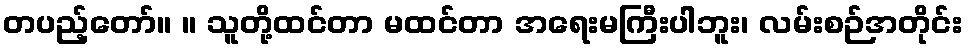
တပည့်တော်။ ။ သူတို့ထင်တာ မထင်တာ အရေးမကြီးပါဘူး၊ လမ်းစဉ်အတိုင်း